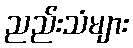
ညည်းသံများ